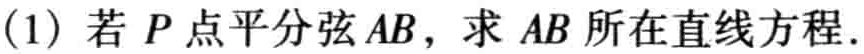
(1) 若 \(P\) 点平分弦 \(AB\)，求 \(AB\) 所在直线方程.